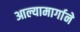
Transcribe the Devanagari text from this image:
आल्यामार्गाने